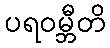
ပရဝမ္ဘီတိ